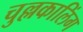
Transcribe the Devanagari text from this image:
चुल्लकालिंग